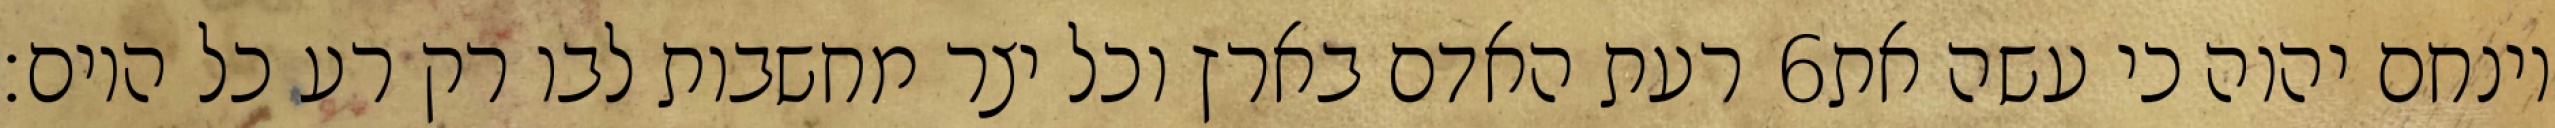
רעת האדם בארץ וכל יצר מחשבות לבו רק רע כל היום׃ ‎6‏ וינחם יהוה כי עשה את